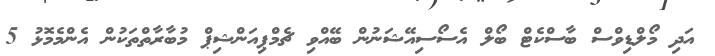
އަދި މޯލްޑިވްސް ބާސްކެޓް ބޯލް އެސޯސިއޭޝަނުން ބޭއްވި ޗެމްޕިއަންޝިޕް މުބާރާތްތަކުން އެންމެމޮޅު 5